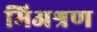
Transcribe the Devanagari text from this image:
मिअश्रण